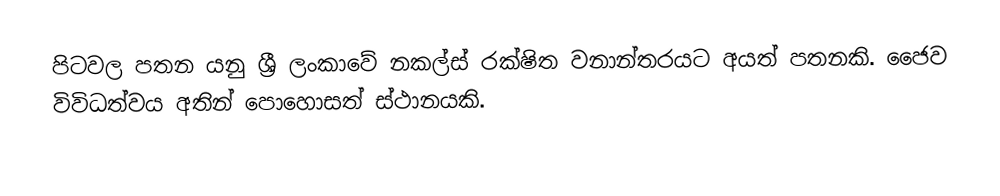
පිටවල පතන යනු ශ්‍රී ලංකාවේ නකල්ස් රක්ෂිත වනාන්තරයට අයත් පතනකි. ජෛව විවිධත්වය අතින් පොහොසත් ස්ථානයකි.